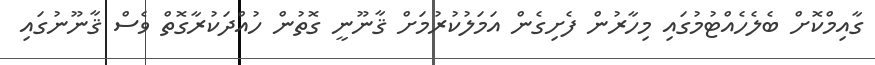
ގާއިމްކޮށް ބެލެހެއްޓުމުގައި މިހާރުން ފެށިގެން އަމަލުކުރުމަށް ޤާނޫނީ ގޮތުން ހުއްދަކުރާގޮތް ވެސް ޤާނޫނުގައި